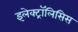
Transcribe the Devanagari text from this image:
इलेक्ट्रॉलिसिस